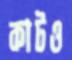
কাটও